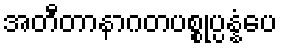
အတီတာနာဂတပစ္စုပ္ပန္နံပေ